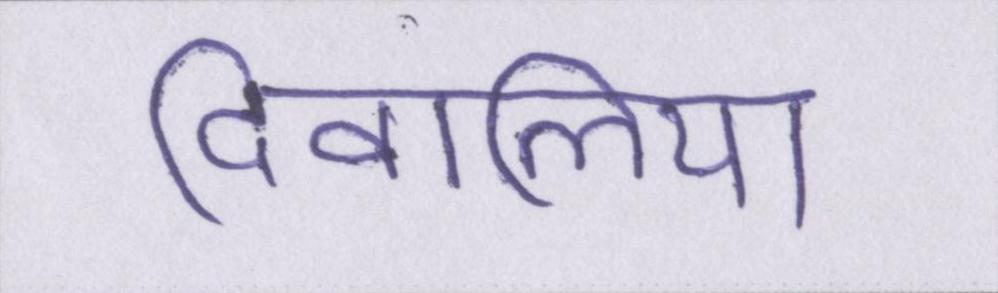
दिवालिया